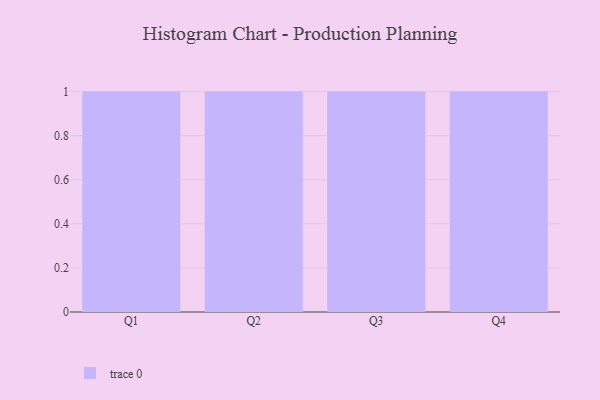
{"axis": {"x": "Quarter", "y": "Revenue (USD Million)"}, "legend": [""], "data": [{"x": "Q1", "y": 24, "type": ""}, {"x": "Q2", "y": 51, "type": ""}, {"x": "Q3", "y": 78, "type": ""}, {"x": "Q4", "y": 77, "type": ""}]}